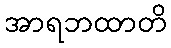
အာရဘထာတိ